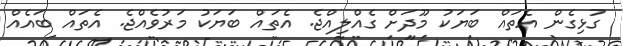
ގުޅިގެން އެތައް ބަޔަކު މޫދަށް ގެއްލިއްޖެ. އެތައް ބަޔަކު މަރުވެއްޖެ. އެތައް ބައެއް